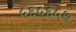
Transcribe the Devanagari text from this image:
५६५६५७